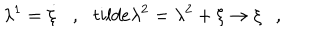
LaTeX: \lambda ^ { 1 } = \dot { \xi } \ \ \ , \ \ \, t i l d e { \lambda } ^ { 2 } = \lambda ^ { 2 } + \xi \rightarrow \xi \ \ \ ,